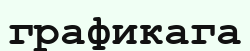
графикага